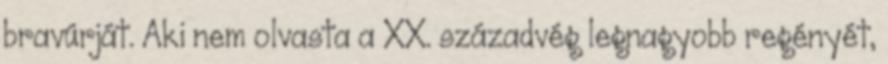
bravúrját. Aki nem olvasta a XX. századvég legnagyobb regényét,